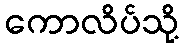
ကောလိပ်သို့